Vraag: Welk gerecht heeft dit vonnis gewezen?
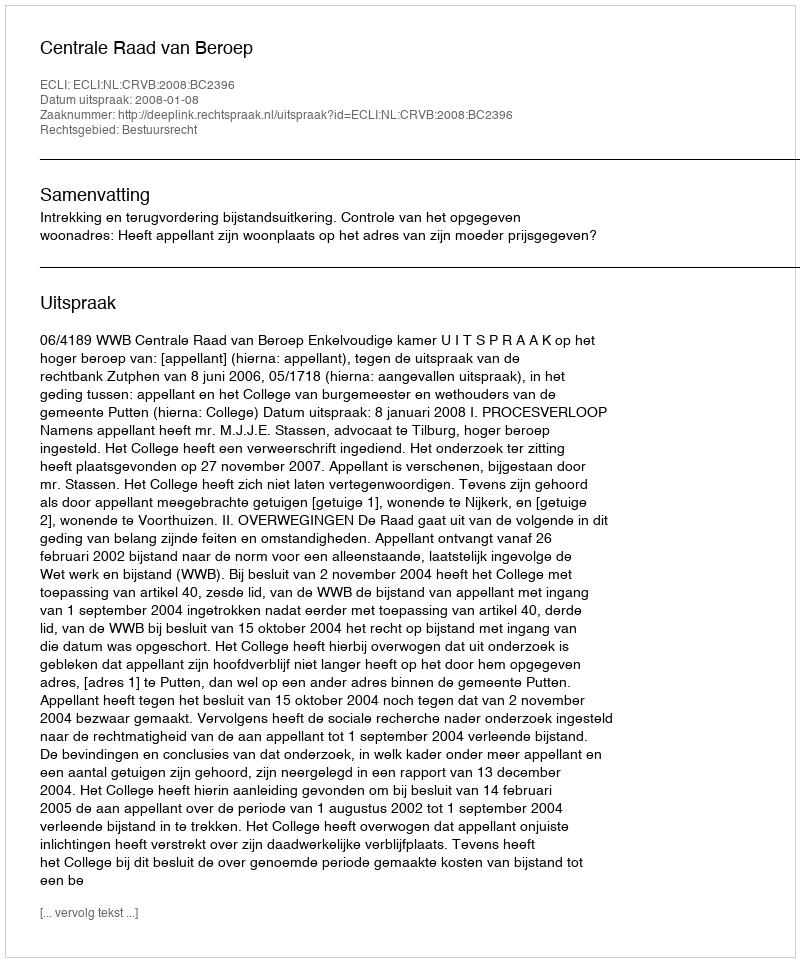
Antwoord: Centrale Raad van Beroep